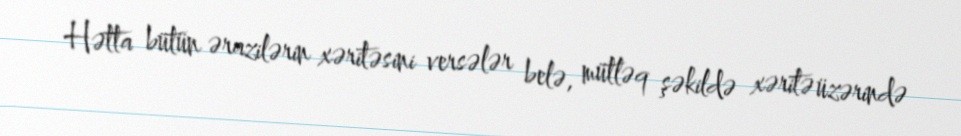
Hətta bütün ərazilərin xəritəsini versələr belə, mütləq şəkildə xəritə üzərində